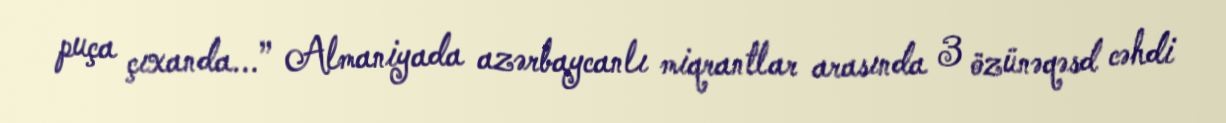
puça çıxanda...” Almaniyada azərbaycanlı miqrantlar arasında 3 özünəqəsd cəhdi